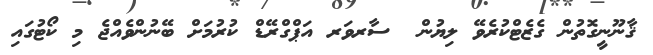
ޤާނޫނީގޮތުން ގެޒެޓްކުރެވޭ ލިޔުން  ސާރވަރ އަޕްގްރޭޑް ކުރުމަށް ބޭނުންވެއްޖެ މި ކޯޓުގައި